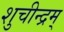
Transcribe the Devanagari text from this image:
शुचीन्द्रम्